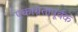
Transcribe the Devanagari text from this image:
एकाग्रतापूर्वक